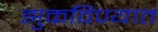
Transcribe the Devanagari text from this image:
झुकविण्यात